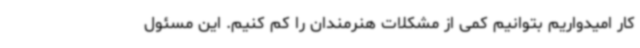
کار امیدواریم‌ بتوانیم کمی از مشکلات هنرمندان را کم کنیم. این مسئول